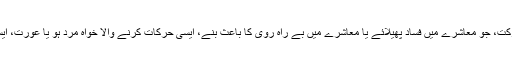
عورت کے پردے کا مقصد کوئی بھی ایسی حرکت، جو معاشرے میں فساد پھیلائے یا معاشرے میں بے راہ روی کا باعث بنے، ایسی حرکات کرنے والا خواہ مرد ہو یا عورت، ایسی حرکات پراسلامی معاشرے میں پابندی ہے۔